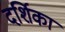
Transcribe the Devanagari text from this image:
दर्शिका